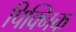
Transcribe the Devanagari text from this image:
पिक्निक